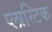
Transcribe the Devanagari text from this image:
प्‍लास्‍टिक